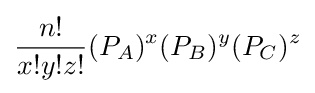
{\frac {n!}{x!y!z!}}(P_{A})^{x}(P_{B})^{y}(P_{C})^{z}